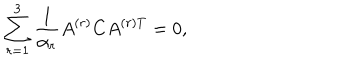
LaTeX: \sum _ { r = 1 } ^ { 3 } { \frac { 1 } { \alpha _ { r } } } A ^ { ( r ) } C A ^ { ( r ) T } = 0 ,